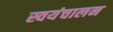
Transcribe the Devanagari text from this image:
स्वयंचालन